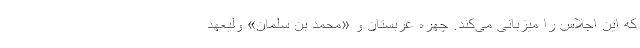
که این اجلاس را میزبانی می‌کند. چهره عربستان و «محمد بن سلمان» ولیعهد